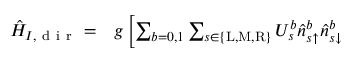
\begin{array} { r l } { \hat { H } _ { I , \mathrm { ~ d ~ i ~ r ~ } } = } & { { } g \left[ \sum _ { b = 0 , 1 } \sum _ { s \in \{ \mathrm { L } , \mathrm { M } , \mathrm { R } \} } U _ { s } ^ { b } \hat { n } _ { s \uparrow } ^ { b } \hat { n } _ { s \downarrow } ^ { b } \right. } \end{array}